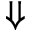
\Downarrow